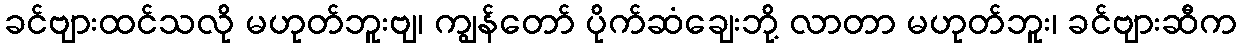
ခင်ဗျားထင်သလို မဟုတ်ဘူးဗျ၊ ကျွန်တော် ပိုက်ဆံချေးဘို့ လာတာ မဟုတ်ဘူး၊ ခင်ဗျားဆီက